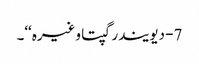
7- دیویندر گپتا وغیرہ‘‘۔